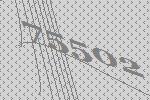
75502